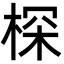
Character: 棎